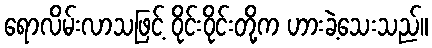
ရောလိမ်းလာသဖြင့် ဝိုင်းဝိုင်းတို့က ဟားခဲ့သေးသည်။